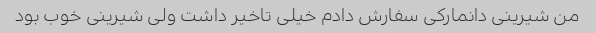
من شیرینی دانمارکی سفارش دادم خیلی تاخیر داشت ولی شیرینی خوب بود